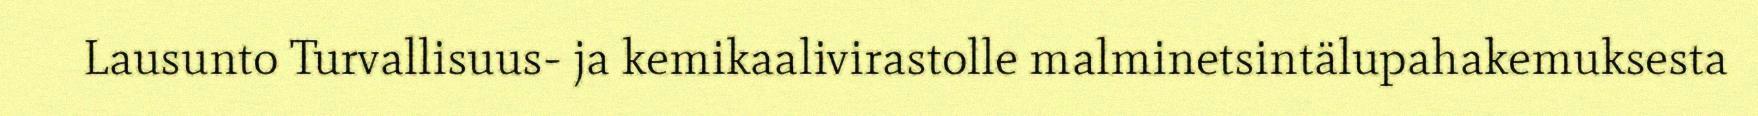
Lausunto Turvallisuus- ja kemikaalivirastolle malminetsintälupahakemuksesta